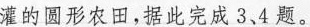
灌的圆形农田，据此完成3、4题。